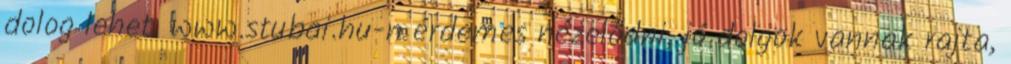
dolog lehet. www.stubai.hu-n érdemes nézelődni, jó dolgok vannak rajta,